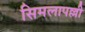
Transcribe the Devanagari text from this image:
सिमलापल्ली